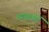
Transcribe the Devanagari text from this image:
व्यञ्जकों